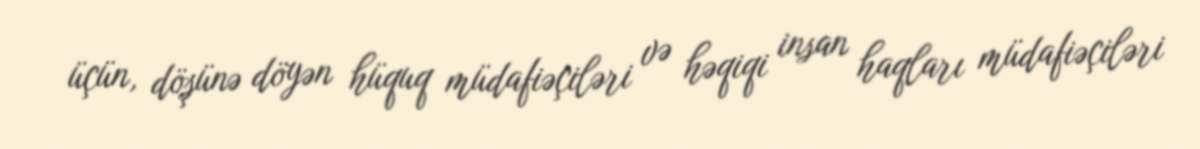
üçün, döşünə döyən hüquq müdafiəçiləri və həqiqi insan haqları müdafiəçiləri